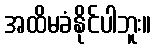
အထိမခံနိုင်ပါဘူး။